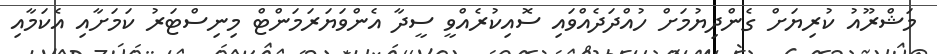
މަޝްރޫއު ކުރިޔަށް ގެންދިޔުމަށް ހުއްދަދެއްވައި ސޮއިކުރެއްވީ ސީދާ އެންވަޔަރަމަންޓް މިނިސްޓަރު ކަމަށާއި އެކަމާއި